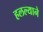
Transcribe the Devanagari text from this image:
हलल्याने